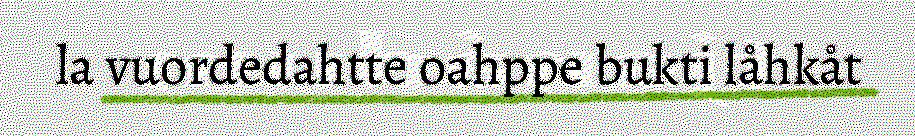
la vuordedahtte oahppe bukti låhkåt